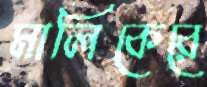
মালিকেরে